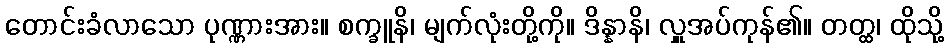
တောင်းခံလာသော ပုဏ္ဏားအား။ စက္ခူနိ၊ မျက်လုံးတို့ကို။ ဒိန္နာနိ၊ လှူအပ်ကုန်၏။ တတ္ထ၊ ထိုသို့